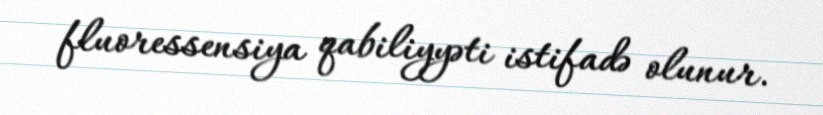
fluoressensiya qabiliyyəti istifadə olunur.